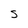
Character: S